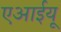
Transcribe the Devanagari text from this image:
एआईयू